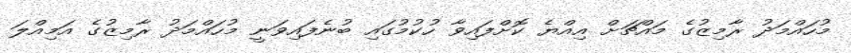
މުހައްމަދު ރާމިޒުގެ މައްޗަށް އިއްޔެ ކޮށްފައިވާ ހުކުމުގައި ބުނެފައިވަނީ މުހައްމަދު ރާމިޒުގެ އަމިއްލަ